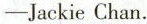
——Jackie Chan.